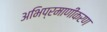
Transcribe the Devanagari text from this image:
अभिप्रमाणीकरण